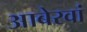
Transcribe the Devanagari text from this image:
आबेरवां